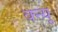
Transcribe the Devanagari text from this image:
क्न्यू